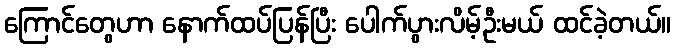
ကြောင်တွေဟာ နောက်ထပ်ပြန်ပြီး ပေါက်ပွားလိမ့်ဦးမယ် ထင်ခဲ့တယ်။